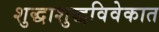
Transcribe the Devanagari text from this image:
शुद्धाशुद्धविवेकात